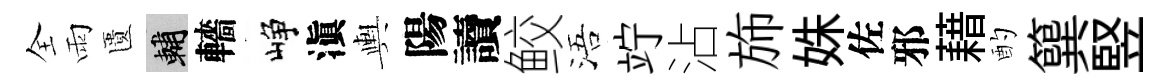
全雨匱輔轖峥滇輿陽讀鲛浯竚沾斾姝佐邪藉酌簨竪